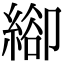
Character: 𦃁